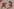
Text: x3